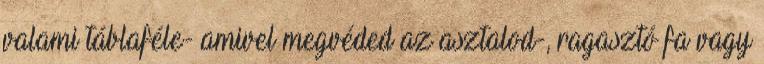
valami táblaféle- amivel megvéded az asztalod-, ragasztó fa vagy